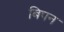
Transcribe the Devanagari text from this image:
बिपन